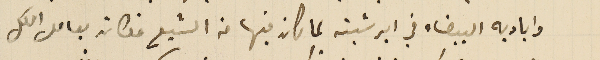
واياديه البيضاء في ابرشيته لما كان فيها من الشبع فكان يعامل الكل